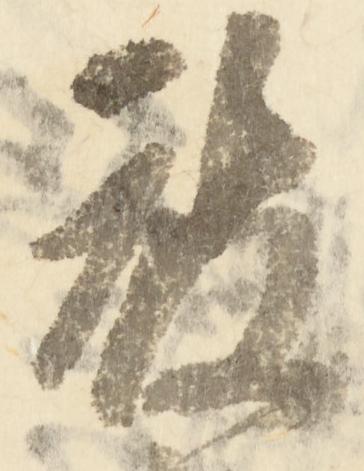
被